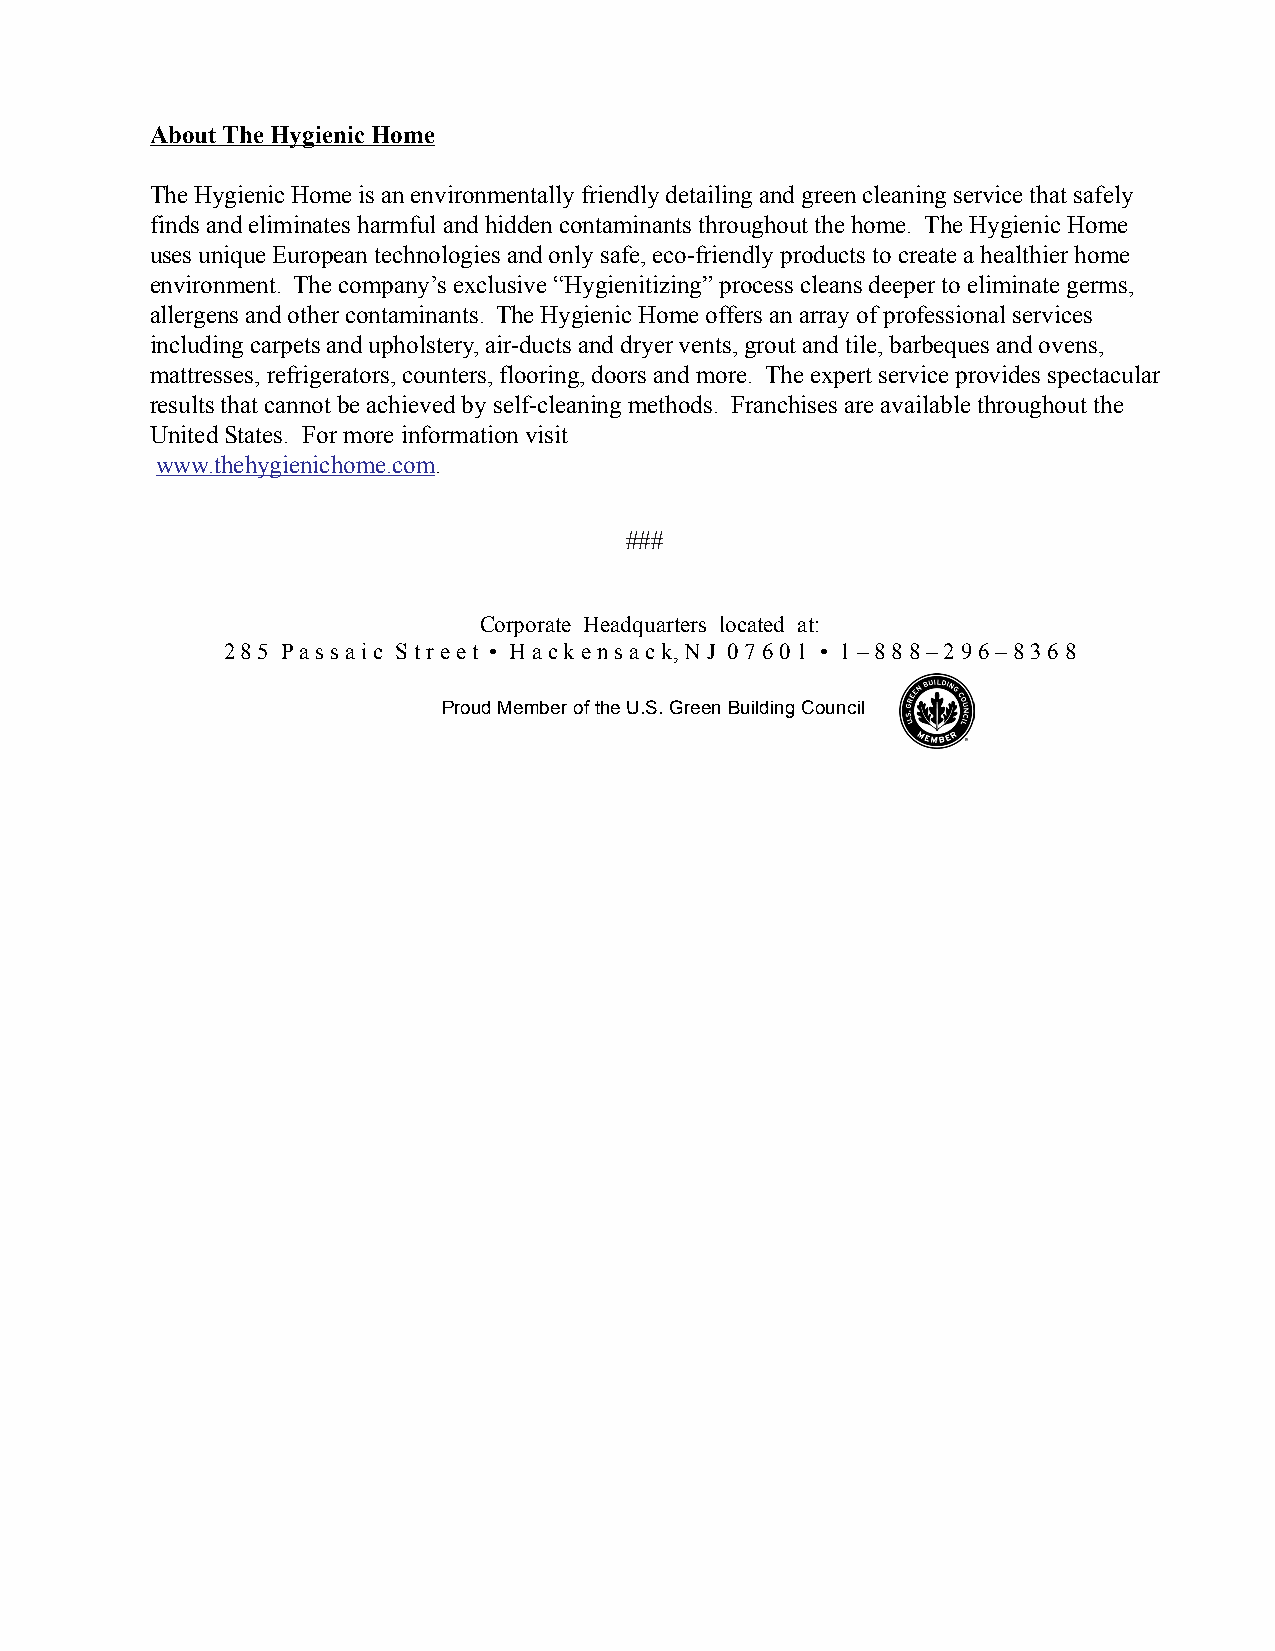
About The Hygienic Home
 The Hygienic Home is an environmentally friendly detailing and green cleaning service that safely
 finds and eliminates harmful and hidden contaminants throughout the home. The Hygienic Home
 uses unique European technologies and only safe, eco-friendly products to create a healthier home
 environment. The company’s exclusive “Hygienitizing” process cleans deeper to eliminate germs,
 allergens and other contaminants. The Hygienic Home offers an array of professional services
 including carpets and upholstery, air-ducts and dryer vents, grout and tile, barbeques and ovens,
 mattresses, refrigerators, counters, flooring, doors and more. The expert service provides spectacular
 results that cannot be achieved by self-cleaning methods. Franchises are available throughout the
 United States. For more information visit
 www.thehygienichome.com.
 ###
 Corporate Headquarters located at:
 2 8 5 P a s s a i c S t r e e t • H a c k e n s a c k, N J 0 7 6 0 1 • 1 – 8 8 8 – 2 9 6 – 8 3 6 8
 Proud Member of the U.S. Green Building Council